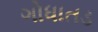
ગોધાતડ